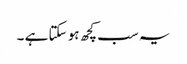
یہ سب کچھ ہو سکتا ہے ۔